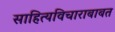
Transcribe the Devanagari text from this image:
साहित्यविचाराबाबत